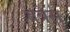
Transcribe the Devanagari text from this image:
बत्रेस